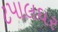
ટપાલઘર